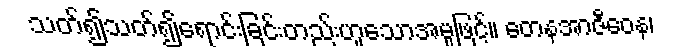
သတ်၍သတ်၍ရောင်းခြင်းတည်းဟူသောအမှုဖြင့်။ တေနအာဇီဝေန၊